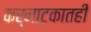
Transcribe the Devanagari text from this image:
कर्नाटकातही